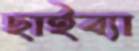
ছাইব্যা